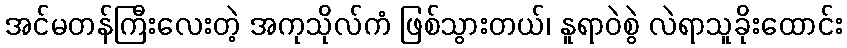
အင်မတန်ကြီးလေးတဲ့ အကုသိုလ်ကံ ဖြစ်သွားတယ်၊ နူရာဝဲစွဲ လဲရာသူခိုးထောင်း